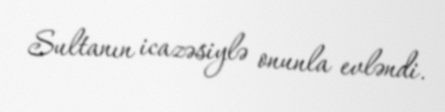
Sultanın icazəsiylə onunla evləndi.